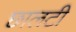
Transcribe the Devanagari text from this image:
छालटी